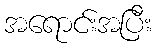
အရောင်းအပြီး